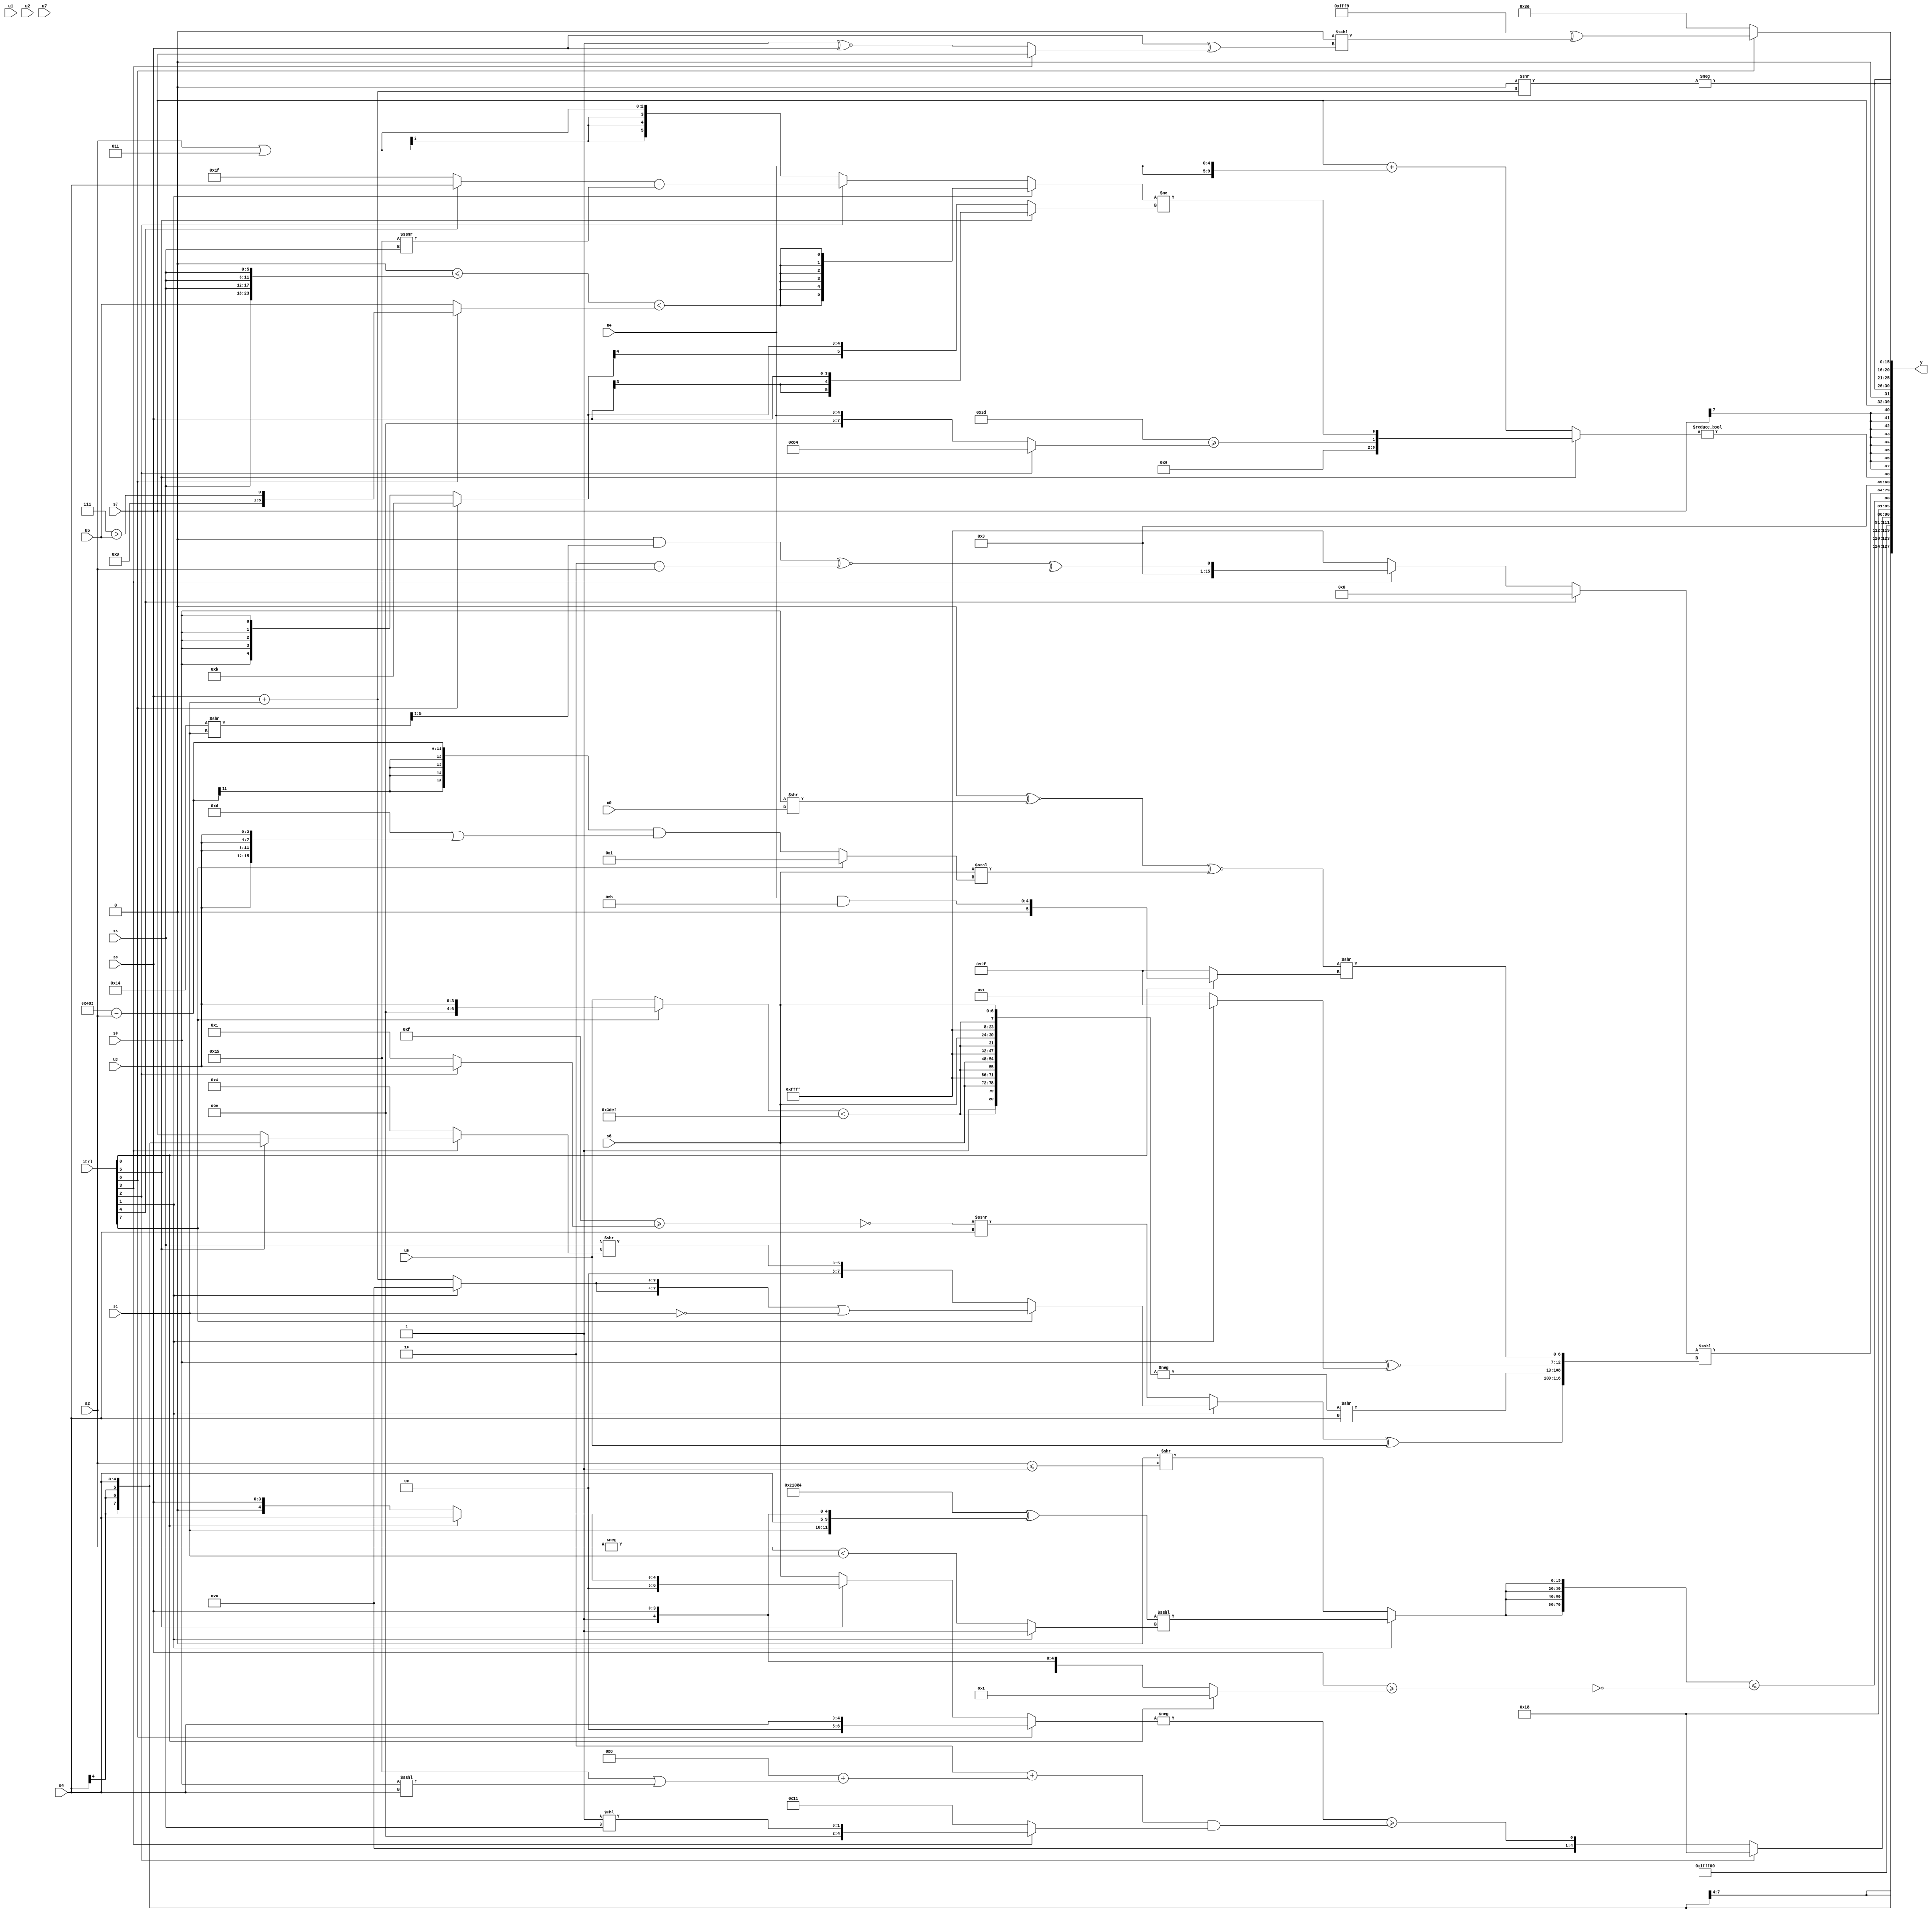
module wideexpr_00559(ctrl, u0, u1, u2, u3, u4, u5, u6, u7, s0, s1, s2, s3, s4, s5, s6, s7, y);
  input [7:0] ctrl;
  input [0:0] u0;
  input [1:0] u1;
  input [2:0] u2;
  input [3:0] u3;
  input [4:0] u4;
  input [5:0] u5;
  input [6:0] u6;
  input [7:0] u7;
  input signed [0:0] s0;
  input signed [1:0] s1;
  input signed [2:0] s2;
  input signed [3:0] s3;
  input signed [4:0] s4;
  input signed [5:0] s5;
  input signed [6:0] s6;
  input signed [7:0] s7;
  output [127:0] y;
  wire [15:0] y0;
  wire [15:0] y1;
  wire [15:0] y2;
  wire [15:0] y3;
  wire [15:0] y4;
  wire [15:0] y5;
  wire [15:0] y6;
  wire [15:0] y7;
  assign y = {y0,y1,y2,y3,y4,y5,y6,y7};
  assign y0 = s4;
  assign y1 = ~(4'sb0111);
  assign y2 = {1{{(ctrl[2]?5'b11000:(-((ctrl[6]?s4:(ctrl[5]?(ctrl[0]?$signed(s4):s3):+((ctrl[5]?s4:s6))))))>=(((2'sb10)+((4'sb1000)+((+(6'b010101))|((s0)<<<(s4)))))&((ctrl[3]?+({1{(2'sb11)<<(s5)}}):6'sb010001)))),4'sb1100,!(6'sb101010),({4{(ctrl[1]?(({4{(5'sb01001)<<<(3'sb010)}})^(({s1,s4,1'sb1,s3})>>>((3'b001)<<(3'sb011))))<<<((ctrl[1]?(6'b100010)>(~&(3'b000)):(-(s2))<($signed(s1)))):(1'b0)>>($signed({1{(s2)<=(1'b1)}})))}})<=((&(((s3)>=((ctrl[0]?$signed(1'sb1):{s5,1'b1,s3})))<<<($signed(3'sb000))))^(!(1'b0)))}}};
  assign y3 = ((ctrl[4]?$signed(1'sb0):(ctrl[3]?+(^(((1'sb0)&(((6'sb010100)>>(s1))>>>({1'sb1})))^~((2'sb10)-(s2)))):-(1'sb1))))<<<({((ctrl[1]?(ctrl[7]?({2{(ctrl[1]?(2'sb00)>>>(5'sb10010):(s3)+(s1))}})|(~(s1)):{1{(s5)>>((ctrl[3]?(ctrl[5]?s4:s7):-(3'sb100)))}}):(((~(1'b0))>=((ctrl[2]?u3:(3'sb010)>(6'sb000001))))^(1'sb1))>>>(s4)))^(u6),(-($signed({4{{{4{(1'sb1)|(4'sb0000)}},((ctrl[7]?u3:u6))<({3{5'b01111}}),s6}}})))>>($signed(s4)),(s0)^~($signed((ctrl[1]?{3{2'sb11}}:2'b01))),(((-(+((+(1'sb0))&((s6)<<<(5'sb10100)))))^~((s0)>>(u0)))^~((s6)<<<((ctrl[7]?5'sb00001:(({4{3'b010}})-(s2))&((4'sb1101)|({4{u3}}))))))>>({+(+((ctrl[0]?{(u4)&(4'b1011)}:$signed(6'sb111111))))})});
  assign y4 = ((ctrl[5]?{($signed($unsigned({2{3'sb101}})))>=((ctrl[2]?{$signed({2{+(5'b00100)}})}:u4)),((ctrl[1]?$signed((({4{1'sb0}})<=({4{s5}}))<((ctrl[6]?(4'b0111)>(u5):$signed(u5)))):+((ctrl[2]?((ctrl[4]?s4:2'sb11))-((6'sb110101)>>>(s5)):(ctrl[1]?2'sb00:(s2)|(5'sb00011))))))!=((ctrl[5]?(ctrl[5]?s3:((-(3'sb110))<<((ctrl[6]?s1:3'sb010)))<<<({(ctrl[2]?5'sb01011:5'sb01001),{1{4'sb1001}},s4})):((ctrl[6]?5'sb01011:s0))<<($signed(($signed(5'sb10110))>>(4'sb1001)))))}:(s7)+({2{$signed({u4})}})))!=(1'sb0);
  assign y5 = $signed(s7);
  assign y6 = {3{$signed(-(((5'sb10001)&(1'sb0))>>((s3)+(s1))))}};
  assign y7 = (ctrl[6]?(-({3{({3{({6'sb000011,s7,6'sb011111})<<(4'sb1111)}})!=({3{(s1)>($signed(2'b11))}})}}))^($signed(((ctrl[5]?((ctrl[3]?(ctrl[4]?s5:s0):-(s5)))>>({2{{6'sb001100}}}):$signed((u2)>>>(3'sb011))))<<<((s3)^((ctrl[3]?$signed(s7):($signed(1'sb1))^~(s3)))))):6'sb111110);
endmodule